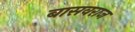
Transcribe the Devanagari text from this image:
बासवराज